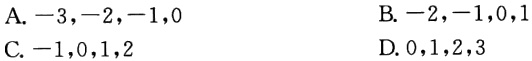
A. \(-3,-2,-1,0\)
B. \(-2,-1,0,1\)
C. \(-1,0,1,2\)
D. \(0,1,2,3\)